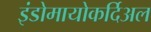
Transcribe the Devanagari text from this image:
इंडोमायोकर्दिअल